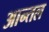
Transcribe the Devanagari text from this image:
आन्तल